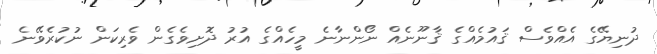
ދުނިޔޭގެ އެއްވެސް ޤައުމެއްގެ ޤާނޫނެއް ނޯންނާނެ މީހެއްގެ އުރު ދޮށިވެގެން ވެރިކަން ނުކުރެވޭނެ